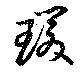
瑗